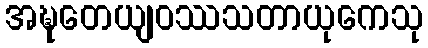
အဍ္ဎတေယျဝဿသတာယုကေသု